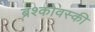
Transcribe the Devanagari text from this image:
ब्रश्कोवस्की